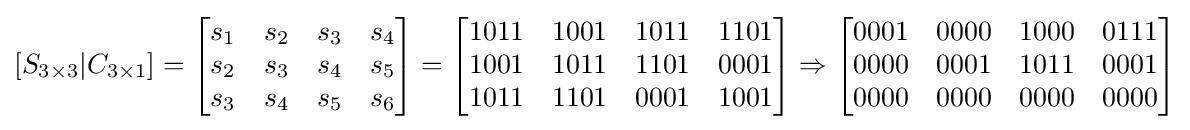
\left[S_{3\times 3}|C_{3\times 1}\right]={\begin{bmatrix}s_{1}&s_{2}&s_{3}&s_{4}\\s_{2}&s_{3}&s_{4}&s_{5}\\s_{3}&s_{4}&s_{5}&s_{6}\end{bmatrix}}={\begin{bmatrix}1011&1001&1011&1101\\1001&1011&1101&0001\\1011&1101&0001&1001\end{bmatrix}}\Rightarrow {\begin{bmatrix}0001&0000&1000&0111\\0000&0001&1011&0001\\0000&0000&0000&0000\end{bmatrix}}